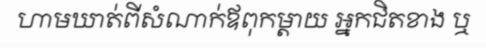
ហាមឃាត់ពីសំណាក់ឪពុកម្តាយ អ្នកជិតខាង ឬ